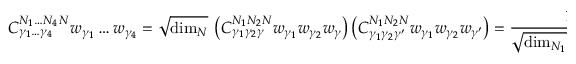
{ C } _ { \gamma _ { 1 } \ldots \gamma _ { 4 } } ^ { N _ { 1 } \ldots N _ { 4 } \, N } w _ { \gamma _ { 1 } } \ldots w _ { \gamma _ { 4 } } = \sqrt { \mathrm { d i m } _ { N } } \ \left( { C } _ { \gamma _ { 1 } \gamma _ { 2 } \gamma } ^ { N _ { 1 } N _ { 2 } N } w _ { \gamma _ { 1 } } w _ { \gamma _ { 2 } } w _ { \gamma } \right) \left( { C } _ { \gamma _ { 1 } \gamma _ { 2 } \gamma ^ { \prime } } ^ { N _ { 1 } N _ { 2 } N } w _ { \gamma _ { 1 } } w _ { \gamma _ { 2 } } w _ { \gamma ^ { \prime } } \right) = { \frac { 1 } { \sqrt { \mathrm { d i m } _ { N _ { 1 } } \ldots \mathrm { d i m } _ { N _ { 4 } } } } } .